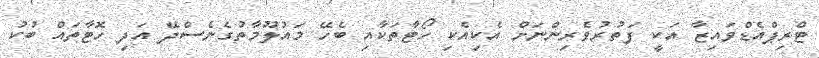
ޓްރިޕްއެޑްވައިޒާ އަކީ ފަތުރުވެރިންނަށް އެކިއެކި ހޯޓާތަކާއި ބެހޭ މައުލޫމާތުގެނެސްދޭ އަދި ހޮޓާތައް ބުކު